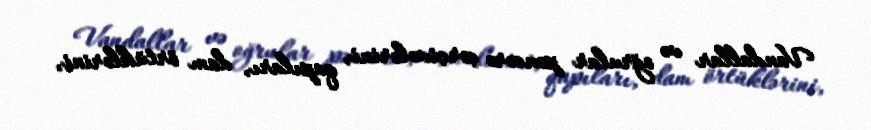
Vandallar və oğrular pəncərə çərçivələrini, qapıları, dam örtüklərini,